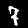
Digit: 7